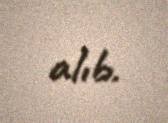
alıb.